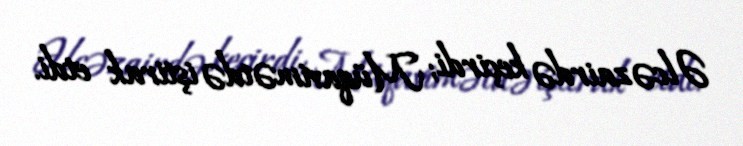
Əlcəzairdə keçirdi; Müqavimətdə iştirak etdi.